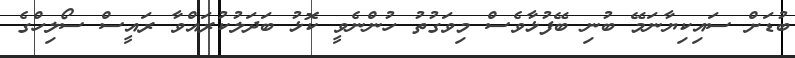
ބުޑަށް ސައިކިޔާނަމޭ ބުނި ބޭފުޅާވެސް މިވަގުތު ހުންނެވީ ކޮޅު ބަދަލުކުރައްވާ ރައީސް ސޯލިހްގެ